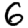
Digit: 6